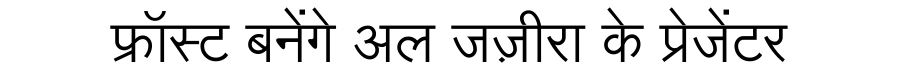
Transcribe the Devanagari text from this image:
फ्रॉस्ट बनेंगे अल जज़ीरा के प्रेजेंटर